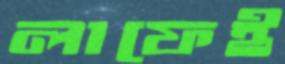
লাফেই